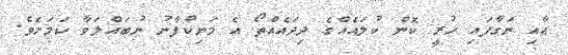
އާއި ނަގާފައި ހުރީ ކޮން ކުލައެއްގެ ދިދައެއްތޯ އެ މަނިކުފާނު ނުބައްލަވާ ކަމަށެވެ.